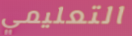
التعليمي